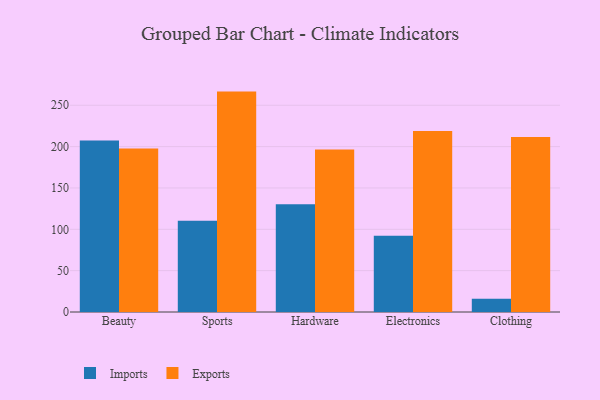
{"axis": {"x": "Category", "y": "Gross Profit (USD K)"}, "legend": ["Exports", "Imports"], "data": [{"x": "Beauty", "y": 207.3, "type": "Imports"}, {"x": "Beauty", "y": 197.6, "type": "Exports"}, {"x": "Sports", "y": 110.4, "type": "Imports"}, {"x": "Sports", "y": 266.5, "type": "Exports"}, {"x": "Hardware", "y": 130.3, "type": "Imports"}, {"x": "Hardware", "y": 196.5, "type": "Exports"}, {"x": "Electronics", "y": 92.1, "type": "Imports"}, {"x": "Electronics", "y": 218.9, "type": "Exports"}, {"x": "Clothing", "y": 16.1, "type": "Imports"}, {"x": "Clothing", "y": 211.5, "type": "Exports"}]}